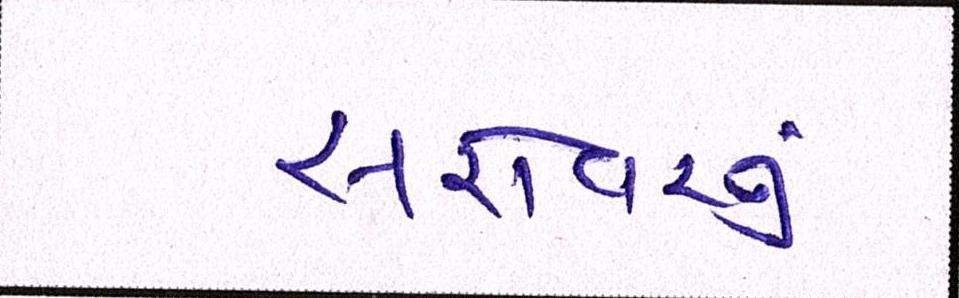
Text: સરોવરનું